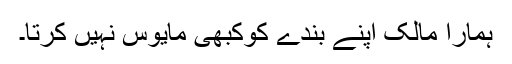
ہمارا مالک اپنے بندے کوکبھی مایوس نہیں کرتا۔